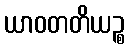
ယာဝတတိယဉ္စ